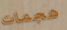
هجمات